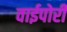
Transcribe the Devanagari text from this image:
वाईपोरी